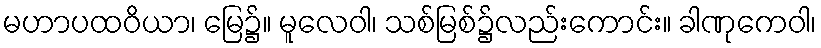
မဟာပထဝိယာ၊ မြေ၌။ မူလေဝါ၊ သစ်မြစ်၌လည်းကောင်း။ ခါဏုကေဝါ၊